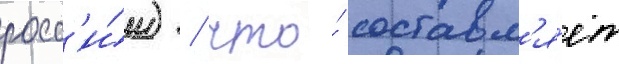
росс'и́и) / что́ составл'я́ет